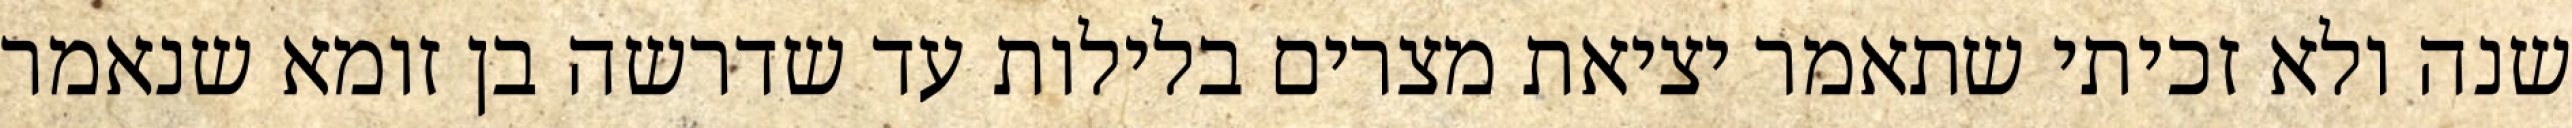
שנה ולא זכיתי שתאמר יציאת מצרים בלילות עד שדרשה בן זומא שנאמר